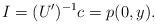
LaTeX: \begin{align*}I=(U')^{-1} c=p(0,y).\end{align*}